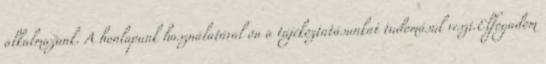
alkalmazunk. A honlapunk használatával ön a tájékoztatásunkat tudomásul veszi.Elfogadom